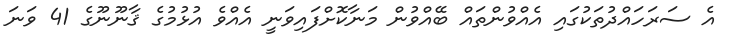
އެ ސަރަހައްދުތަކުގައި އެއްވުންތައް ބޭއްވުން މަނާކޮށްފައިވަނީ އެއްވެ އުޅުމުގެ ޤާނޫނޫގެ 41 ވަނަ